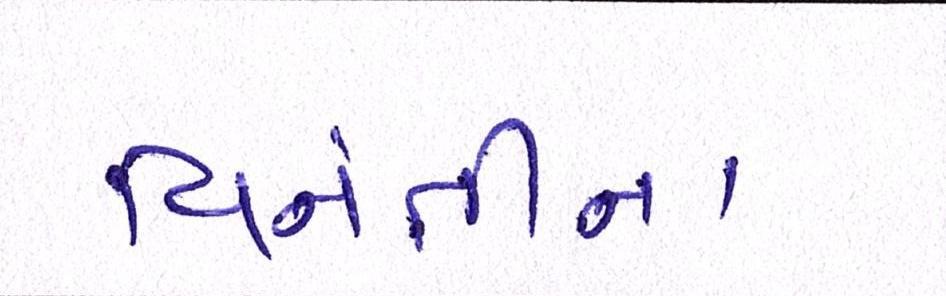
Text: વિનંતીના